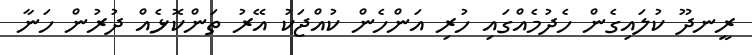
ރީނދޫ ކުލައިގެން ހެދުމެއްގައި ހުރި އަންހެން ކުއްޖަކު އޭރު ތަންކޮޅެއް ދުރުން ހަނާ